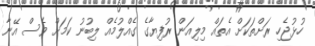
ހުޅުޖެހި ރަށްތަކަށް އެތައް މިލިއަން ރުފިޔާގެ ގެއްލުމެއް ލިބުނު ކަމަށް ވެސް އޭނާ